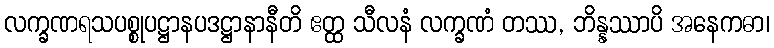
လက္ခဏရသပစ္စုပဋ္ဌာနပဒဋ္ဌာနာနီတိ ဧတ္ထ သီလနံ လက္ခဏံ တဿ, ဘိန္နဿာပိ အနေကဓာ၊